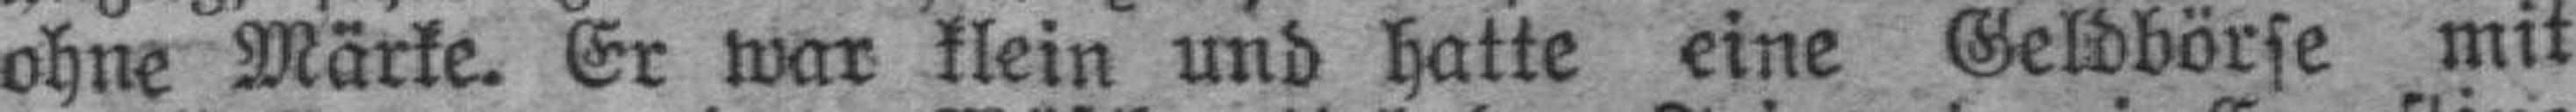
ohne Märke. Er war klein und hatte eine Geldbörse mit